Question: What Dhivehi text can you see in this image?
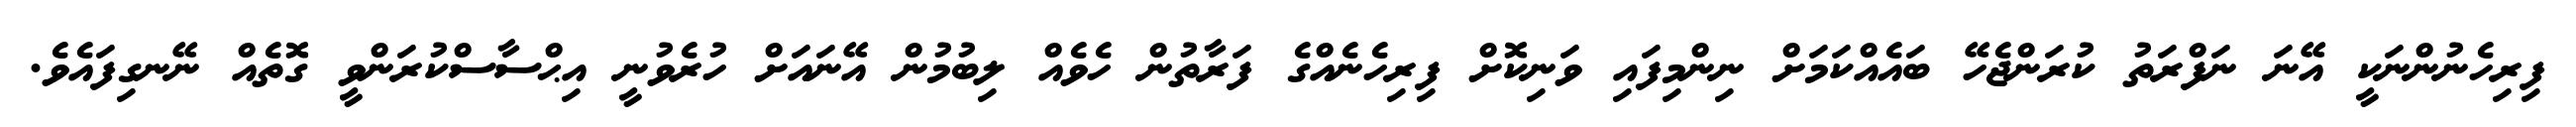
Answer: ފިރިހެނުންނަކީ އޭނަ ނަފްރަތު ކުރަންޖެހޭ ބައެއްކަމަށް ނިންމިފައި ވަނިކޮށް ފިރިހެނެއްގެ ފަރާތުން ހެވެއް ލިބުމުން އޭނައަށް ހުރެވުނީ އިޙްސާސްކުރަންވީ ގޮތެއް ނޭނގިފައެވެ.